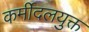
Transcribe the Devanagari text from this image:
कर्मीदलयुक्त